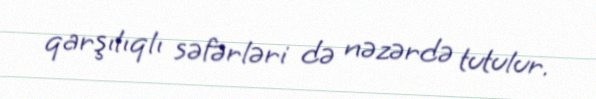
qarşılıqlı səfərləri də nəzərdə tutulur.